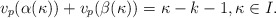
\begin{align*}v_p(\alpha (\kappa))+v_p(\beta (\kappa))=\kappa-k-1, \kappa \in I.\end{align*}